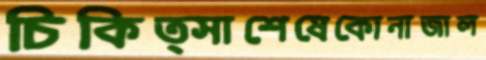
চিকিত্সাশেষেকোনাজাল